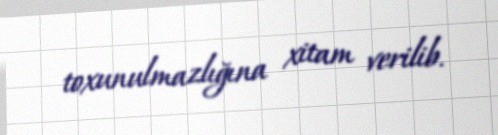
toxunulmazlığına xitam verilib.